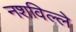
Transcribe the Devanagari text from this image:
नशविल्ले